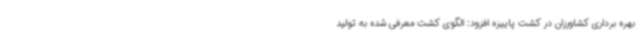
بهره برداری کشاورزان در کشت پاییزه افزود: الگوی کشت معرفی شده به تولید